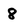
Character: 8